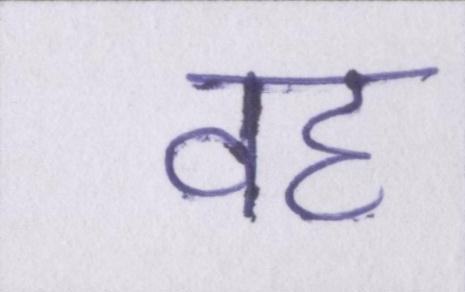
वह